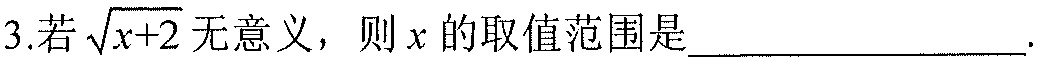
3.若\(\sqrt{x + 2}\)无意义，则\(x\)的取值范围是____________ ．